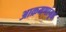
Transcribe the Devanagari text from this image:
आक्रमणांमूळे